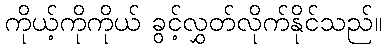
ကိုယ့်ကိုကိုယ် ခွင့်လွှတ်လိုက်နိုင်သည်။